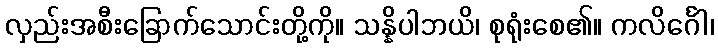
လှည်းအစီးခြောက်သောင်းတို့ကို။ သန္နိပါဘယိ၊ စုရုံးစေ၏။ ကလိင်္ဂေါ၊